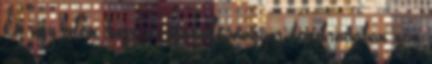
Én úgy vélem, hogy az újjáépülő magyar demokráciában nem